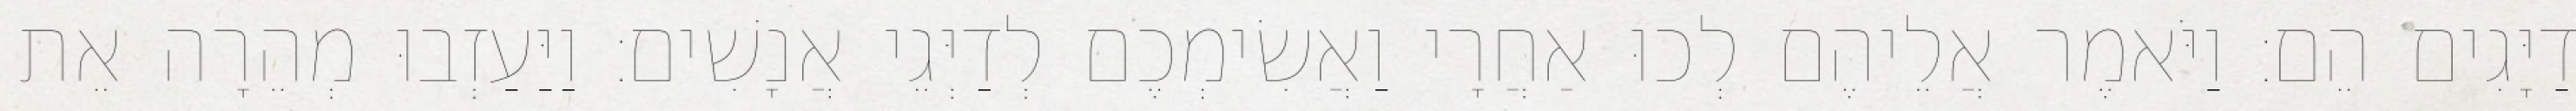
דַיָּגִים הֵם׃ וַיֹּאמֶר אֲלֵיהֶם לְכוּ אַחֲרָי וַאֲשִׂימְכֶם לְדַיְּגֵי אֲנָשִׁים׃ וַיַּעַזְבוּ מְהֵרָה אֵת